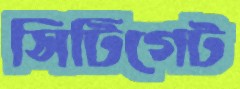
সিটিগেট